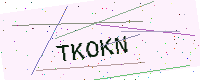
Text: TKOKN